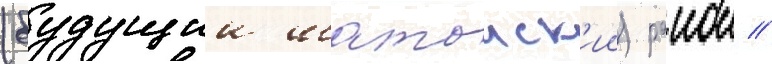
(будущии шатоиск'ии) раион //